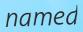
named